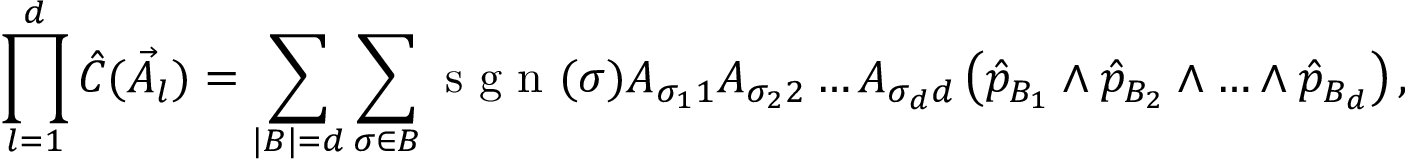
\prod _ { l = 1 } ^ { d } \hat { C } ( \vec { A } _ { l } ) = \sum _ { | B | = d } \sum _ { \sigma \in B } \textrm { s g n } ( \sigma ) A _ { \sigma _ { 1 } 1 } A _ { \sigma _ { 2 } 2 } \dots A _ { \sigma _ { d } d } \left( \hat { p } _ { B _ { 1 } } \wedge \hat { p } _ { B _ { 2 } } \wedge \ldots \wedge \hat { p } _ { B _ { d } } \right) ,